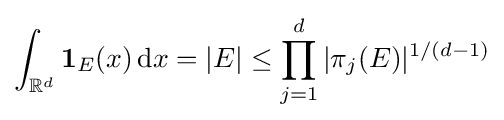
\int _{\mathbb {R} ^{d}}\mathbf {1} _{E}(x)\,\mathrm {d} x=|E|\leq \prod _{j=1}^{d}|\pi _{j}(E)|^{1/(d-1)}